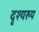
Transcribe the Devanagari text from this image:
दृश्यरुप